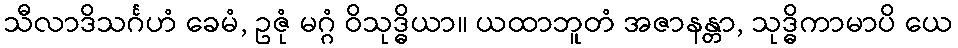
သီလာဒိသင်္ဂဟံ ခေမံ, ဥဇုံ မဂ္ဂံ ဝိသုဒ္ဓိယာ။ ယထာဘူတံ အဇာနန္တာ, သုဒ္ဓိကာမာပိ ယေ